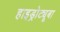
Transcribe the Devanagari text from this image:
हाइड्रोट्यूबा